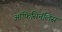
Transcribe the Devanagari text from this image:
ऑफिसिनॅलिस